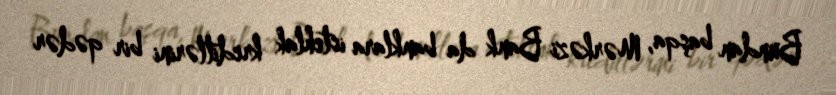
Bundan başqa, Mərkəzi Bank da banklara istehlak kreditlərini bir qədər